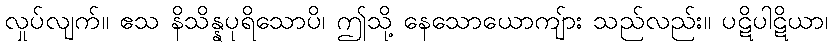
လှုပ်လျက်။ ဧသ နိသိန္နပုရိသောပိ၊ ဤသို့ နေသောယောကျ်ား သည်လည်း။ ပဋိပါဋိယာ၊